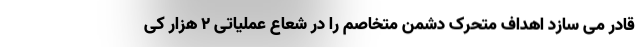
قادر می سازد اهداف متحرک دشمن متخاصم را در شعاع عملیاتی 2 هزار کی